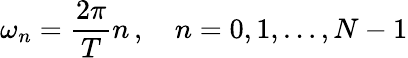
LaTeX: \omega_{n}=\frac{2\pi}{T}n\, ,\quad n=0,1,\dots,N-1